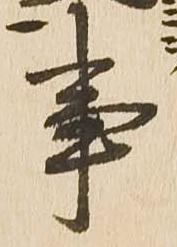
事